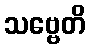
သဗ္ဗေတိ